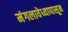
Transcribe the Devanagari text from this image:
मंगलावेध्यापासून